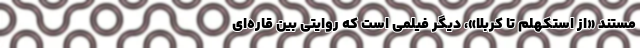
مستند «از استکهلم تا کربلا»، دیگر فیلمی است که روایتی بین قاره‌ای